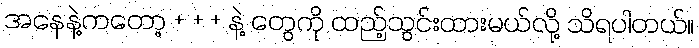
အနေနဲ့ကတော့ + + + နဲ့ တွေကို ထည့်သွင်းထားမယ်လို့ သိရပါတယ်။